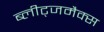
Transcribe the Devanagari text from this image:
ब्लीट्जमैक्स